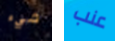
شيء عنب